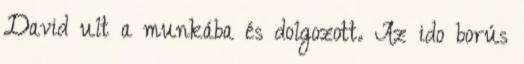
David ult a munkába és dolgozott. Az ido borús